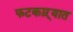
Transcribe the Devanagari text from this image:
फटकाऱ्यात